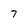
Character: 7